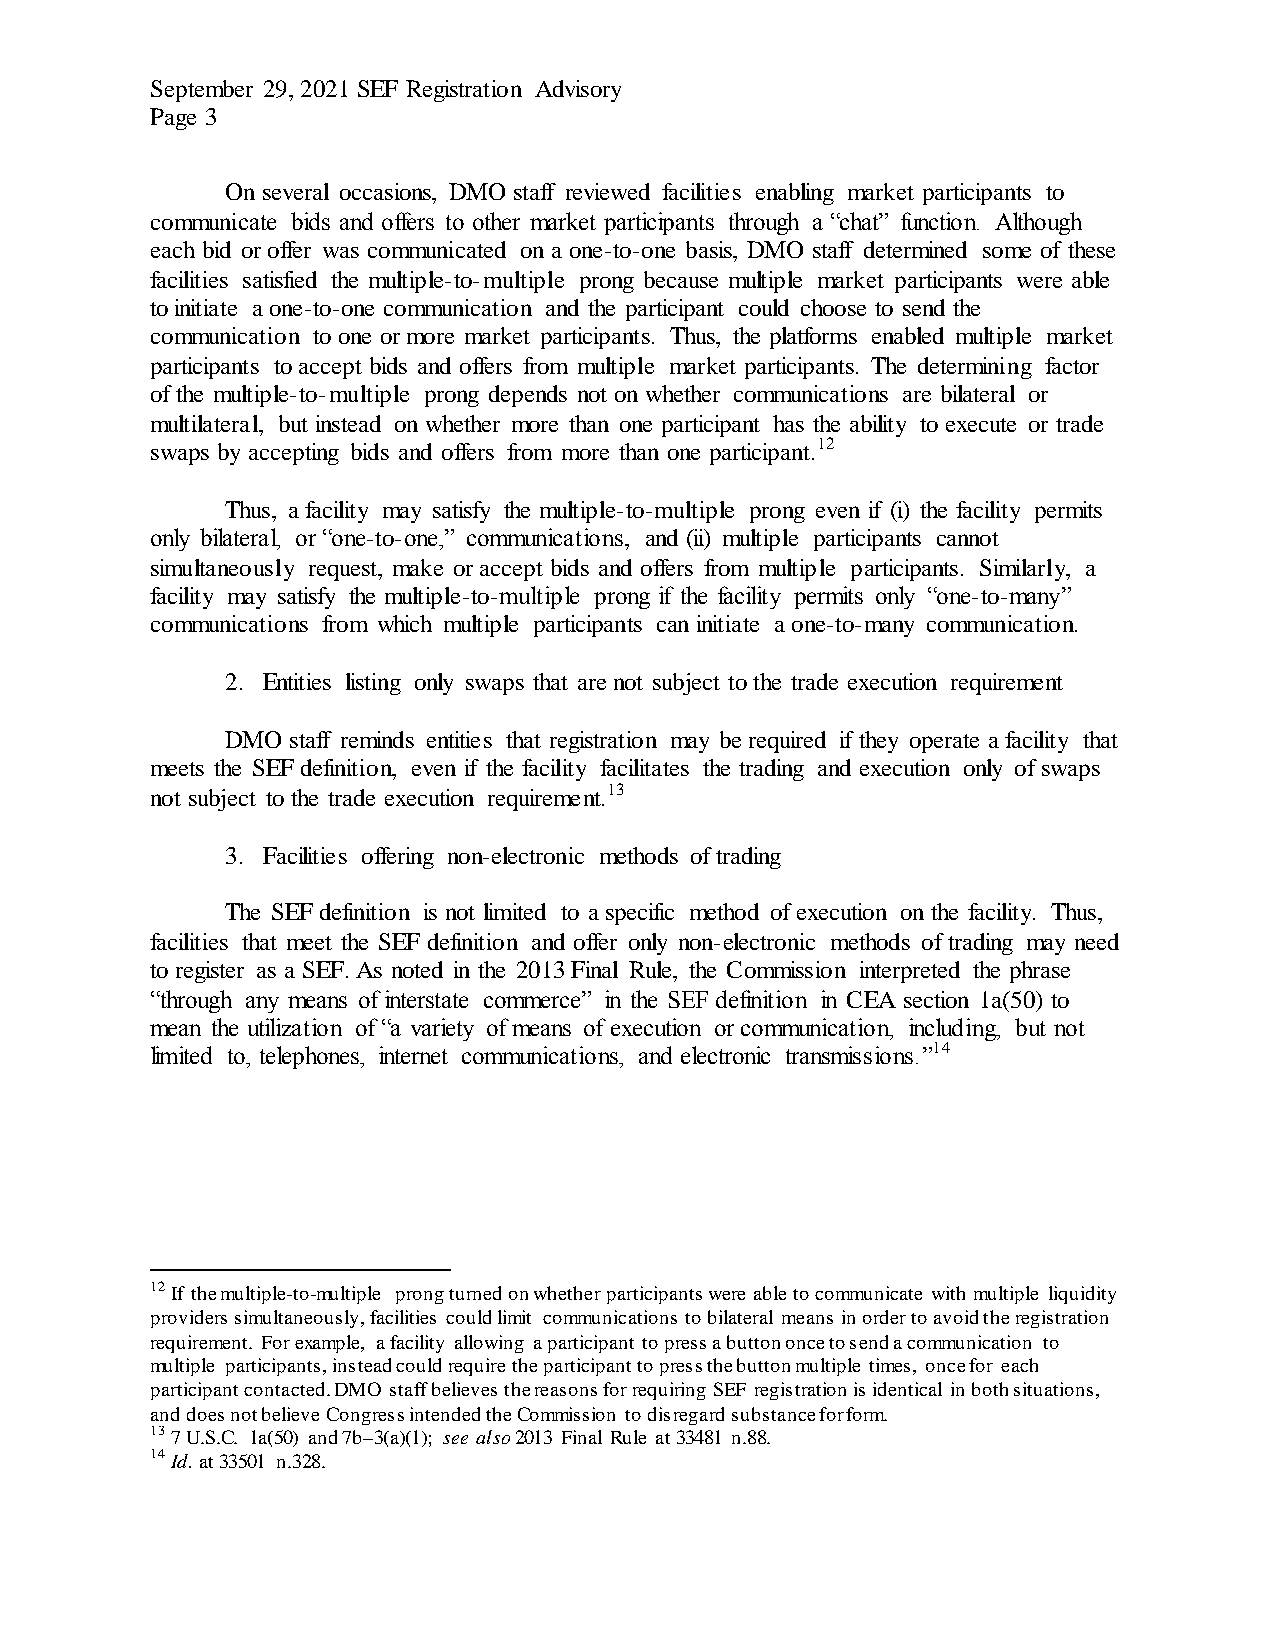
September 29, 2021 SEF Registration Advisory
 Page 3
 On several occasions, DMO staff reviewed facilities enabling market participants to
 communicate bids and offers to other market participants through a “chat” function. Although
 each bid or offer was communicated on a one-to-one basis, DMO staff determined some of these
 facilities satisfied the multiple-to-multiple prong because multiple market participants were able
 to initiate a one-to-one communication and the participant could choose to send the
 communication to one or more market participants. Thus, the platforms enabled multiple market
 participants to accept bids and offers from multiple market participants. The determining factor
 of the multiple-to-multiple prong depends not on whether communications are bilateral or
 multilateral, but instead on whether more than one participant has the ability to execute or trade
 swaps by accepting bids and offers from more than one participant.12
 Thus, a facility may satisfy the multiple-to-multiple prong even if (i) the facility permits
 only bilateral, or “one-to-one,” communications, and (ii) multiple participants cannot
 simultaneously request, make or accept bids and offers from multiple participants. Similarly, a
 facility may satisfy the multiple-to-multiple prong if the facility permits only “one-to-many”
 communications from which multiple participants can initiate a one-to-many communication.
 2. Entities listing only swaps that are not subject to the trade execution requirement
 DMO staff reminds entities that registration may be required if they operate a facility that
 meets the SEF definition, even if the facility facilitates the trading and execution only of swaps
 not subject to the trade execution requirement.13
 3. Facilities offering non-electronic methods of trading
 The SEF definition is not limited to a specific method of execution on the facility. Thus,
 facilities that meet the SEF definition and offer only non-electronic methods of trading may need
 to register as a SEF. As noted in the 2013 Final Rule, the Commission interpreted the phrase
 “through any means of interstate commerce” in the SEF definition in CEA section 1a(50) to
 mean the utilization of “a variety of means of execution or communication, including, but not
 limited to, telephones, internet communications, and electronic transmissions.”14
 12 If the multiple-to-multiple prong turned on whether participants were able to communicate with multiple liquidity
 providers simultaneously, facilities could limit communications to bilateral means in order to avoid the registration
 requirement. For example, a facility allowing a participant to press a button once to send a communication to
 multiple participants, instead could require the participant to press the button multiple times, once for each
 participant contacted. DMO staff believes the reasons for requiring SEF registration is identical in both situations,
 and does not believe Congress intended the Commission to disregard substance for form.
 13 7 U.S.C. 1a(50) and 7b–3(a)(1); see also 2013 Final Rule at 33481 n.88.
 14 Id. at 33501 n.328.